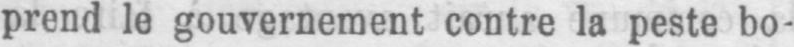
prend le gouvernement contre la peste bo-